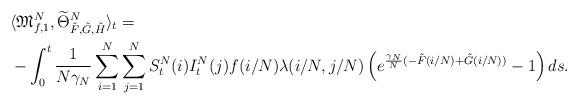
LaTeX: \begin{align*}&\langle \mathfrak{M}_{f,1}^N , \widetilde{\Theta}^N_{\tilde{F}, \tilde{G}, \tilde{H}}\rangle_t=\\&-\int_0^t\frac{1}{N\gamma_N}\sum_{i=1}^N\sum_{j=1}^NS_t^N(i)I_t^N(j)f(i/N)\lambda(i/N, j/N)\left(e^{\frac{\gamma_N}{N}(-\tilde{F}(i/N)+\tilde{G}(i/N))}-1\right)ds.\end{align*}